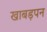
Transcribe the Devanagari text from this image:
खाबड़पन